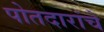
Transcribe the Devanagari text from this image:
पोतदारांचे